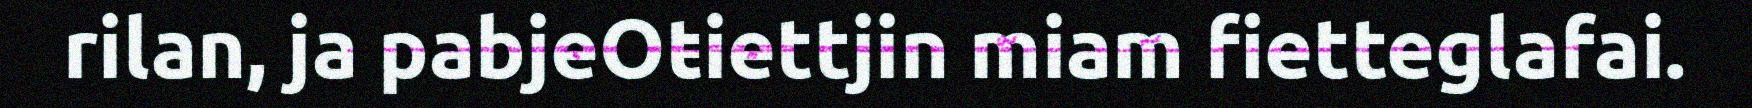
rilan, ja pabjeOŧiettjin miam fietteglafai.